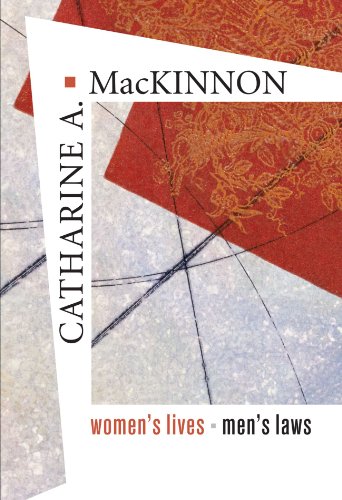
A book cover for Women's Lives, Men's Laws; Catharine A. MacKinnon; Law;